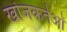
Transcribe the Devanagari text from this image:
खोजकर्तओं